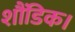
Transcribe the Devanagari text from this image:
शौंडिक।